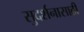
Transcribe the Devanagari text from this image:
सुदर्शनासाठी